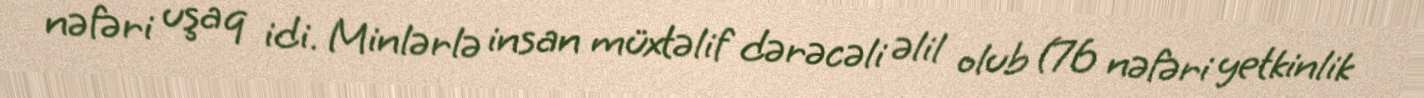
nəfəri uşaq idi. Minlərlə insan müxtəlif dərəcəli əlil olub (76 nəfəri yetkinlik